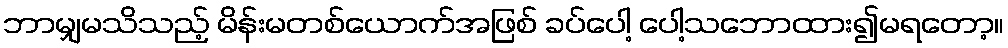
ဘာမျှမသိသည့် မိန်းမတစ်ယောက်အဖြစ် ခပ်ပေါ့ ပေါ့သဘောထား၍မရတော့။